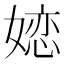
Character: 𱙥